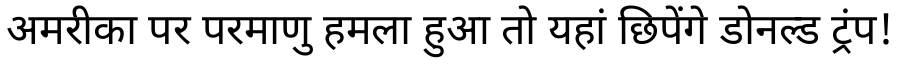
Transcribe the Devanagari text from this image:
अमरीका पर परमाणु हमला हुआ तो यहां छिपेंगे डोनल्ड ट्रंप!